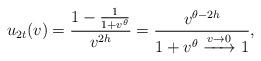
LaTeX: \begin{align*} u_{2t}(v) &= \frac{1-\frac{1}{1+v^{\theta}}}{v^{2h}} = \frac{v^{\theta-2h}}{1+v^{\theta}\xrightarrow{v\rightarrow 0} 1}, \end{align*}